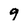
Character: 9